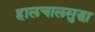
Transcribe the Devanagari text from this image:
हालचालसुद्धा